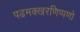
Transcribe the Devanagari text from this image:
पढमक्खरणिप्पणो